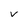
Character: v